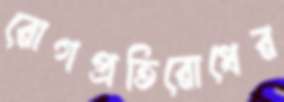
রোগপ্রতিরোধের